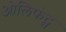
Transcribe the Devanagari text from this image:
ओलिफंट्स